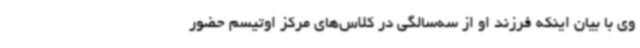
وی با بیان اینکه فرزند او از سه‌سالگی در کلاس‌های مرکز اوتیسم حضور